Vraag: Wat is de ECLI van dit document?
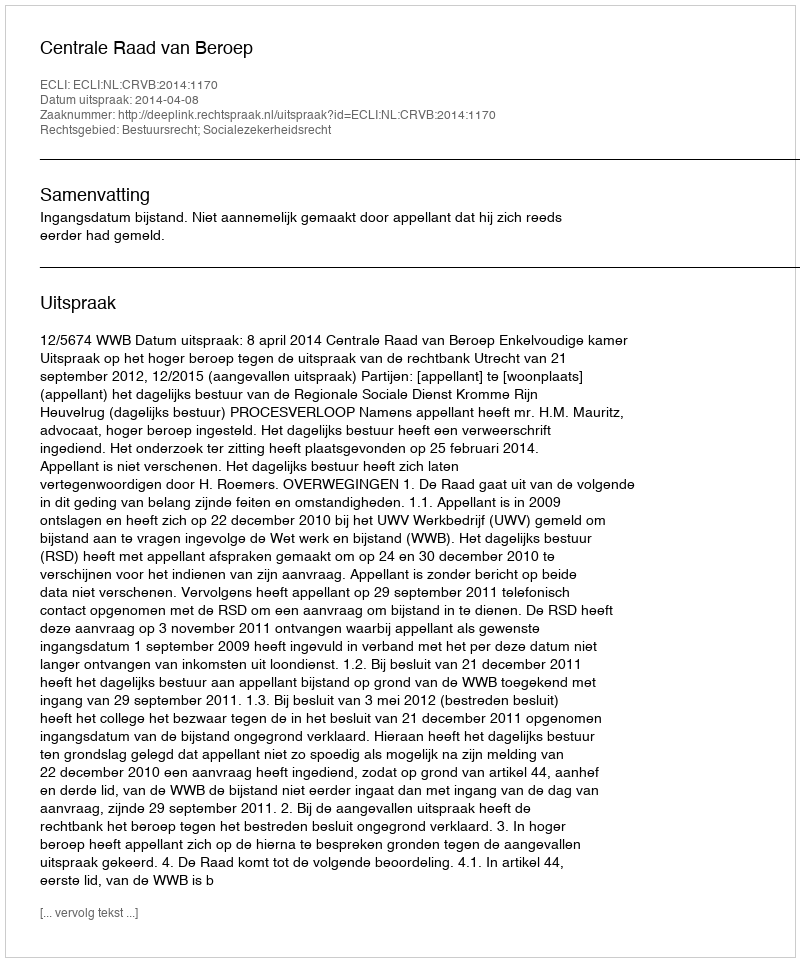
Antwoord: ECLI:NL:CRVB:2014:1170